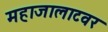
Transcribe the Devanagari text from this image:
महाजालाटवर